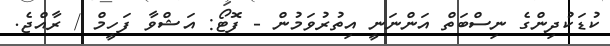
ކުޑަކުދިންގެ ނިސްބަތް އަންނަނީ އިތުރުވަމުން - ފޮޓޯ: އަޝްވާ ފަހީމް / ރާއްޖެ.